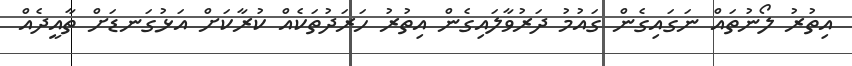
އިތުރު ލޯނުތައް ނަގައިގެން ގައުމު ދަރުވާލައިގެން އިތުރު ހަރަދުތަކެއް ކުރާކަށް އަޅުގަނޑަށް ތާއީދެއް